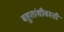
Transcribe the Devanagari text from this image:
बहुतांशीवस्ती